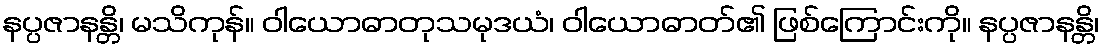
နပ္ပဇာနန္တိ၊ မသိကုန်။ ဝါယောဓာတုသမုဒယံ၊ ဝါယောဓာတ်၏ ဖြစ်ကြောင်းကို။ နပ္ပဇာနန္တိ၊